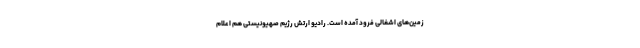
زمین‌های اشغالی فرود آمده است. رادیو ارتش رژیم صهیونیستی هم اعلام